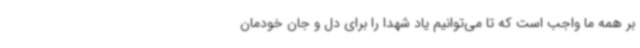
بر همه ما واجب است که تا می‌توانیم یاد شهدا را برای دل و جان خودمان